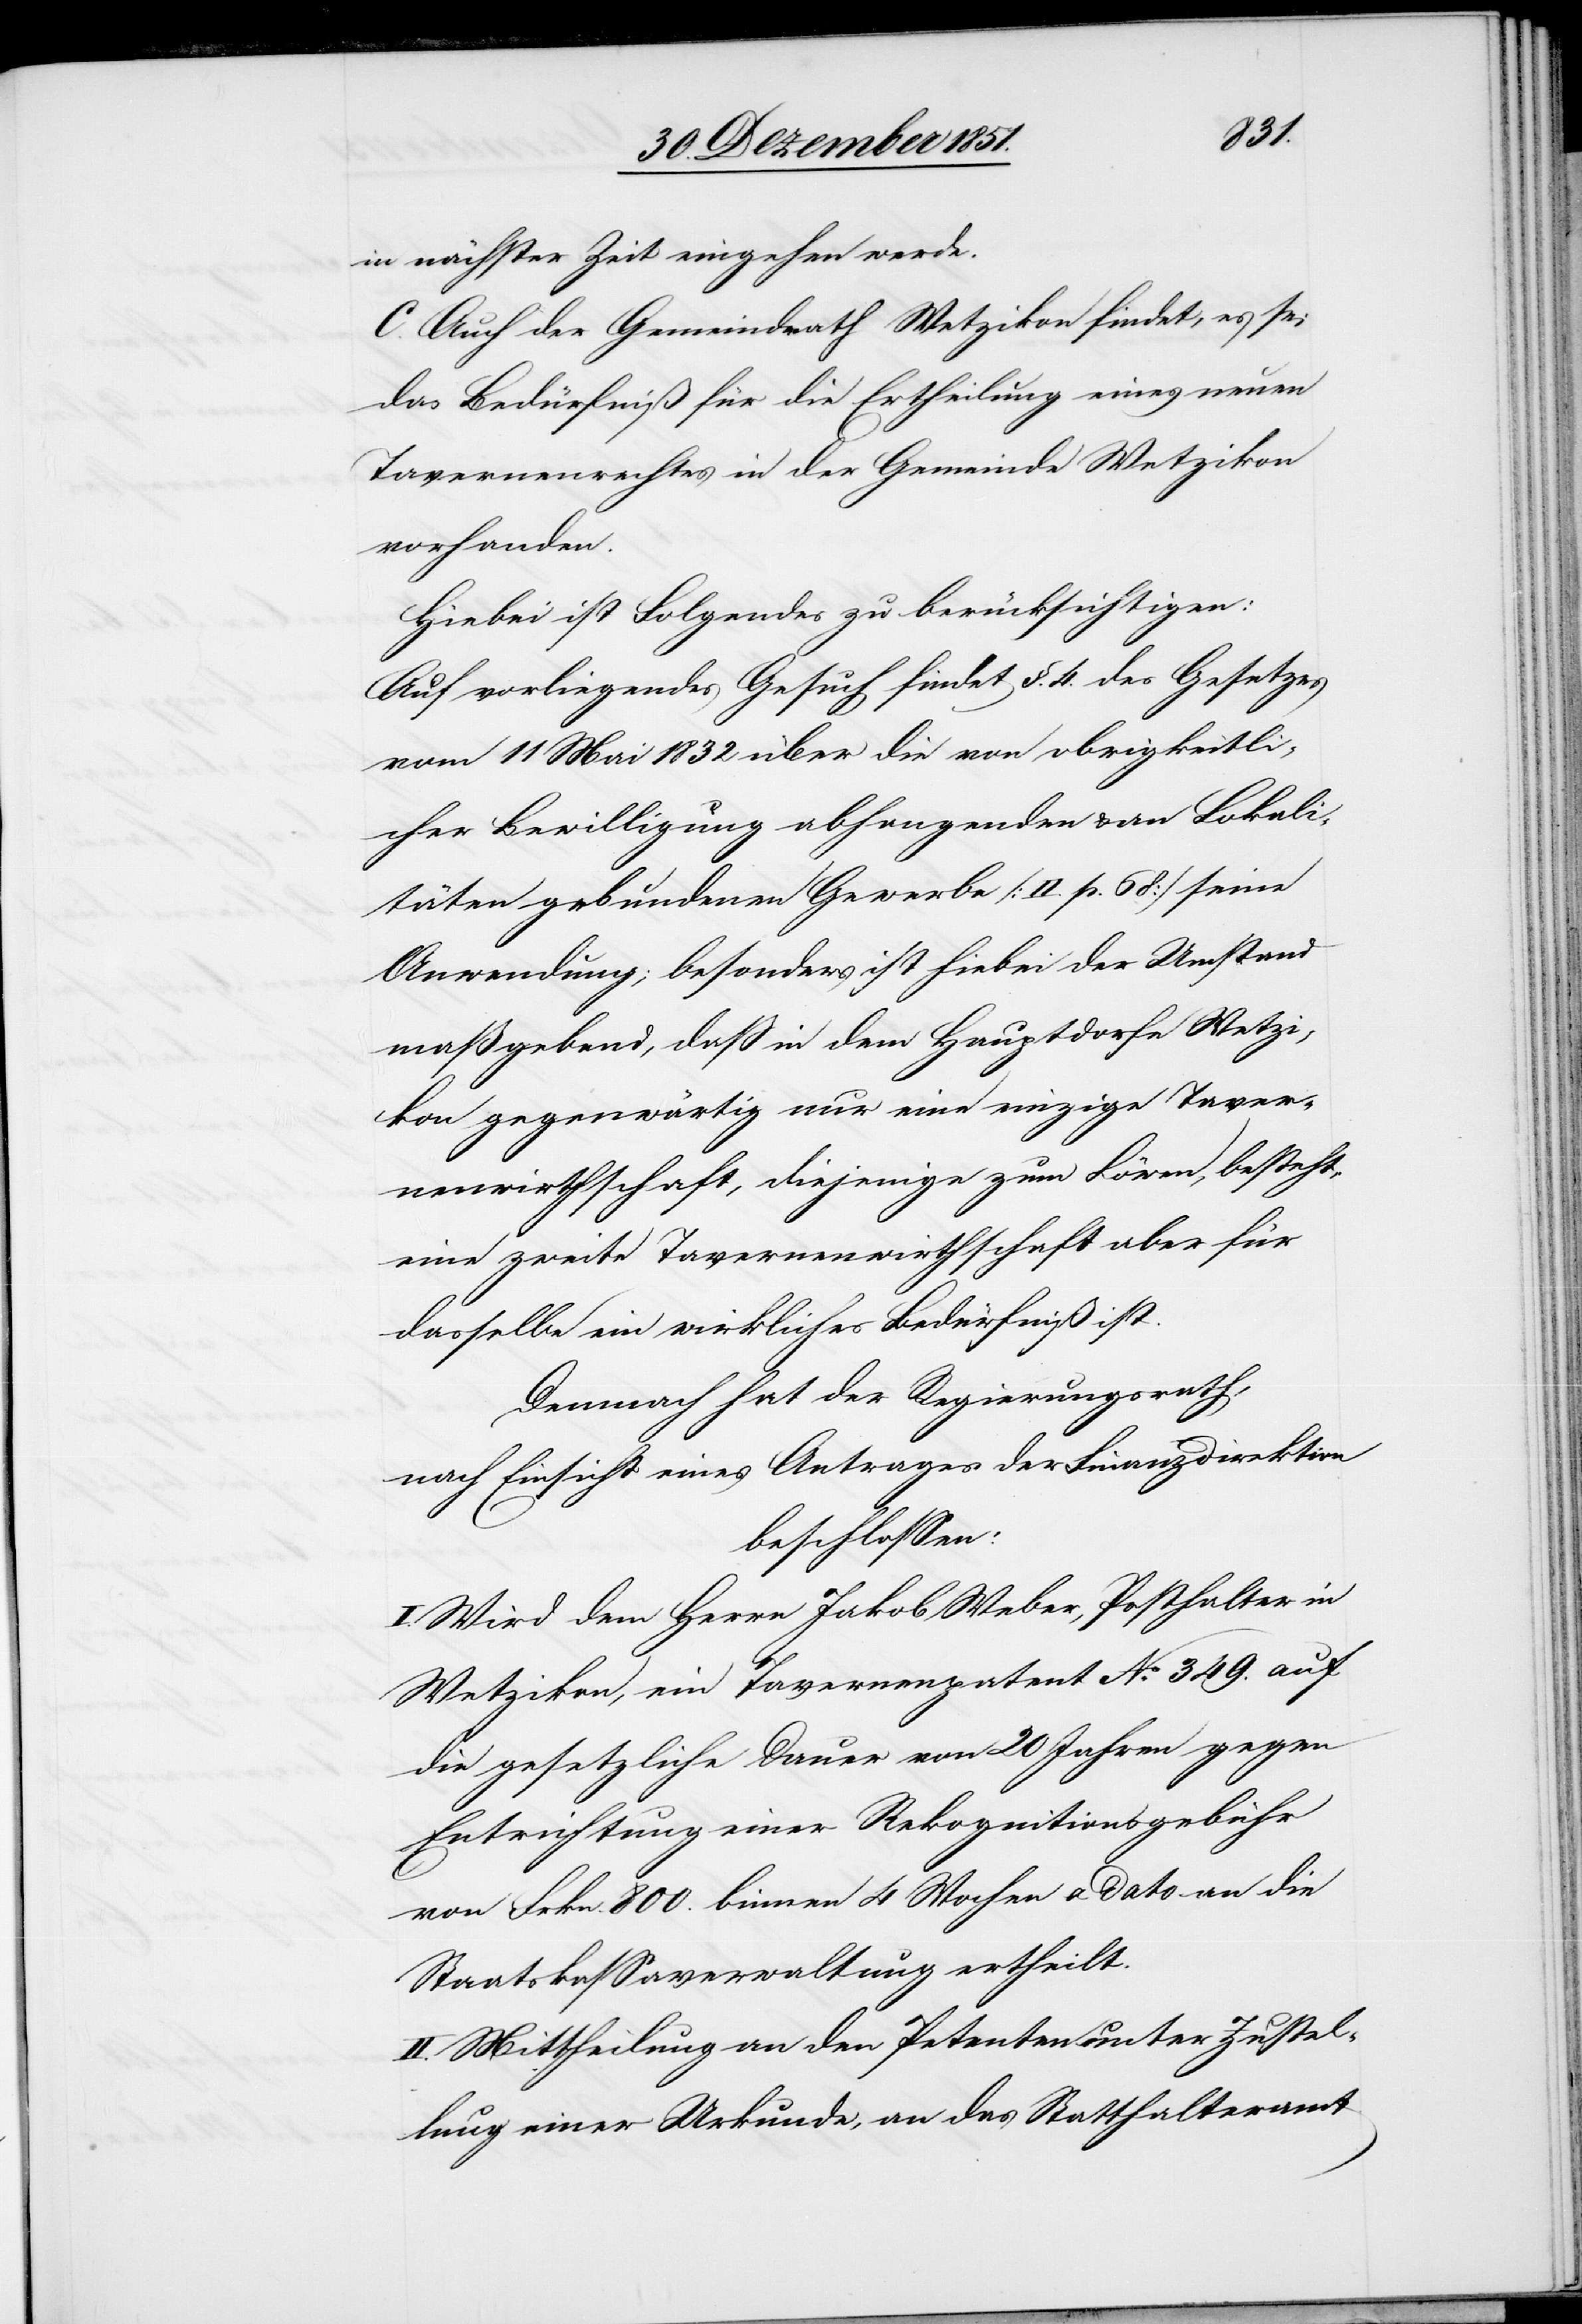
in nächster Zeit eingehen werde.
C. Auch der Gemeindrath Wetzikon findet, es sei
das Bedürfniß für die Ertheilung eines neuen
Tavernenrechtes in der Gemeinde Wetzikon
vorhanden.
Hiebei ist Folgendes zu berücksichtigen:
Auf vorliegendes Gesuch findet §. 4. des Gesetzes
vom 11 Mai 1832 über die von obrigkeitli¬
cher Bewilligung abhangenden & an Lokali¬
täten gebundenen Gewerbe [II. p. 68] seine
Anwendung; besonders ist hiebei der Umstand
maßgebend, daß in dem Hauptdorfe Wetzi¬
kon gegenwärtig nur eine einzige Taver¬
nenwirthschaft, diejenige zum Löwen, besteht,
eine zweite Tavernenwirthschaft aber für
dasselbe ein wirkliches Bedürfniß ist.
Demnach hat der Regierungsrath,
nach Einsicht eines Antrages der Finanzdirektion
beschlossen:
I. Wird dem Herrn Jakob Weber, Posthalter in
Wetzikon, ein Tavernenpatent No. 349. auf
die gesetzliche Dauer von 20 Jahren gegen
Entrichtung einer Rekognitionsgebühr
von Frkn. 800. binnen 4 Wochen a dato an die
Staatskassaverwaltung ertheilt.
II. Mittheilung an den Petenten unter Zustel¬
lung einer Urkunde, an das Statthalteramt